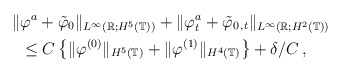
\begin{align*}\Vert &\varphi^a+\tilde{\varphi}_0\Vert_{L^\infty(\mathbb R;H^5(\mathbb T))}+\Vert\varphi^a_t +\tilde{\varphi}_{0\,,t}\Vert_{L^\infty(\mathbb R;H^2(\mathbb T))}\\&\le C\left\{\Vert\varphi^{(0)}\Vert_{H^5(\mathbb T)}+\Vert\varphi^{(1)}\Vert_{H^4(\mathbb T)}\right\}+\delta/C\,,\end{align*}